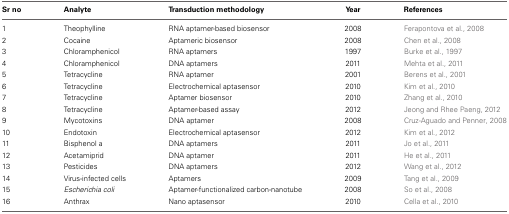
| Sr no | Analyte | Transduction methodology | Year | References |
 | --- | --- | --- | --- | --- |
 | 1 | Theophylline | RNA aptamer-based biosensor | 2008 | Ferapontova et al., 2008 |
 | 2 | Cocaine | Aptameric biosensor | 2008 | Chen et al., 2008 |
 | 3 | Chloramphenicol | RNA aptamers | 1997 | Burke et al., 1997 |
 | 4 | Chloramphenicol | DNA aptamers | 2011 | Mehta et al., 2011 |
 | 5 | Tetracycline | RNA aptamer | 2001 | Berens et al., 2001 |
 | 6 | Tetracycline | Electrochemical aptasensor | 2010 | Kim et al., 2010 |
 | 7 | Tetracycline | Aptamer biosensor | 2010 | Zhang et al., 2010 |
 | 8 | Tetracycline | Aptamer-based assay | 2012 | Jeong and Rhee Paeng, 2012 |
 | 9 | Mycotoxins | DNA aptamer | 2008 | Cruz-Aguado and Penner, 2008 |
 | 10 | Endotoxin | Electrochemical aptasensor | 2012 | Kim et al., 2012 |
 | 11 | Bisphenol a | DNA aptamers | 2011 | Jo et al., 2011 |
 | 12 | Acetamiprid | DNA aptamer | 2011 | He et al., 2011 |
 | 13 | Pesticides | DNA aptamers | 2012 | Wang et al., 2012 |
 | 14 | Virus-infected cells | Aptamers | 2009 | Tang et al., 2009 |
 | 15 | Escherichia coli | Aptamer-functionalized carbon-nanotube | 2008 | So et al., 2008 |
 | 16 | Anthrax | Nano aptasensor | 2010 | Cella et al., 2010 |